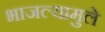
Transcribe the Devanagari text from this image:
भाजल्यामुले